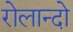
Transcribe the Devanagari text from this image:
रोलान्दो